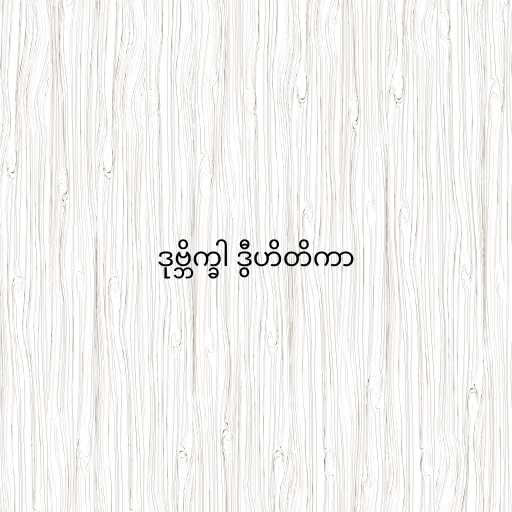
ဒုဗ္ဘိက္ခါ ဒွီဟိတိကာ